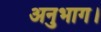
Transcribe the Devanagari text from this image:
अनुभाग।